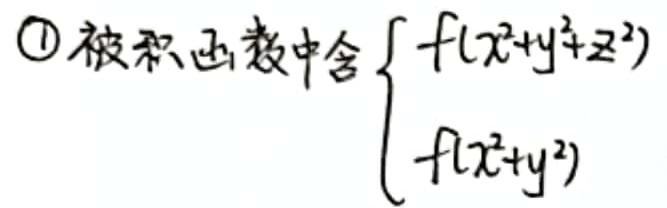
\textcircled{1} 被积函数中含$\begin{cases}f(x^{2}+y^{2}+z^{2})\\f(x^{2}+y^{2})\end{cases}$